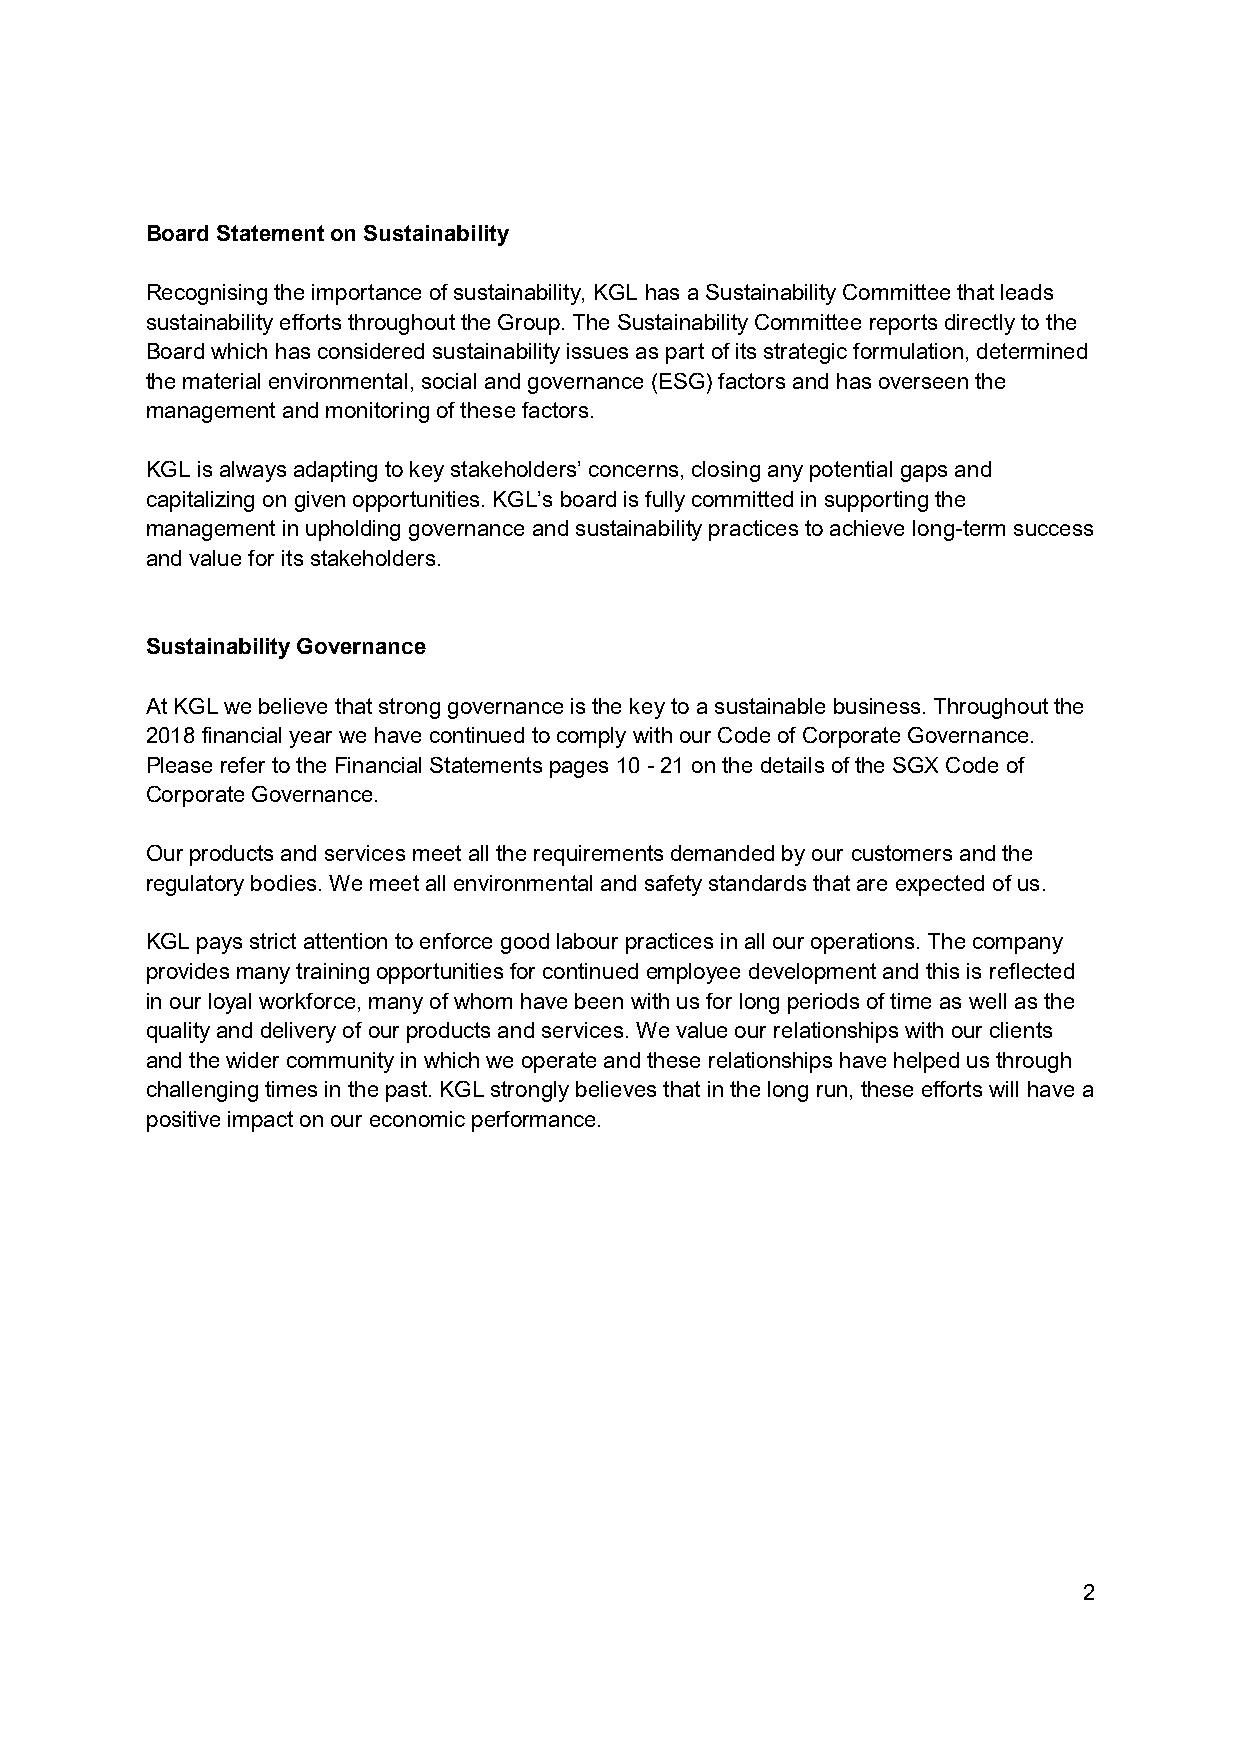
Board Statement on Sustainability
 Recognising the importance of sustainability, KGL has a Sustainability Committee that leads
 sustainability efforts throughout the Group. The Sustainability Committee reports directly to the
 Board which has considered sustainability issues as part of its strategic formulation, determined
 the material environmental, social and governance (ESG) factors and has overseen the
 management and monitoring of these factors.
 KGL is always adapting to key stakeholders’ concerns, closing any potential gaps and
 capitalizing on given opportunities. KGL’s board is fully committed in supporting the
 management in upholding governance and sustainability practices to achieve long-term success
 and value for its stakeholders.
 Sustainability Governance
 At KGL we believe that strong governance is the key to a sustainable business. Throughout the
 2018 financial year we have continued to comply with our Code of Corporate Governance.
 Please refer to the Financial Statements pages 10 - 21 on the details of the SGX Code of
 Corporate Governance.
 Our products and services meet all the requirements demanded by our customers and the
 regulatory bodies. We meet all environmental and safety standards that are expected of us.
 KGL pays strict attention to enforce good labour practices in all our operations. The company
 provides many training opportunities for continued employee development and this is reflected
 in our loyal workforce, many of whom have been with us for long periods of time as well as the
 quality and delivery of our products and services. We value our relationships with our clients
 and the wider community in which we operate and these relationships have helped us through
 challenging times in the past. KGL strongly believes that in the long run, these efforts will have a
 positive impact on our economic performance.
 2